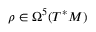
\rho \in \Omega ^ { 5 } ( T ^ { * } M )